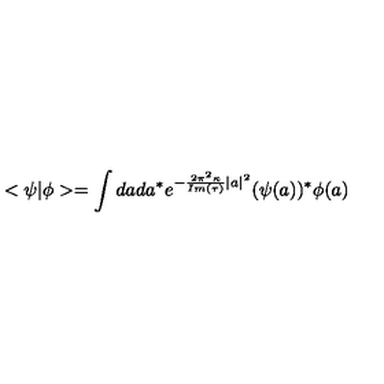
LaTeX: < \psi | \phi > = \int d a d a ^ { * } e ^ { - { \frac { 2 \pi ^ { 2 } \kappa } { I m ( \tau ) } } | a | ^ { 2 } } ( \psi ( a ) ) ^ { * } \phi ( a )